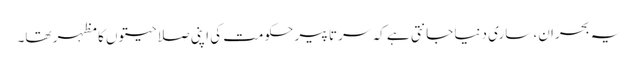
یہ بحران، ساری دنیا جانتی ہے کہ سر تا پیر حکومت کی اپنی صلاحیتوں کا مظہر تھا۔